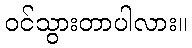
ဝင်သွားတာပါလား။